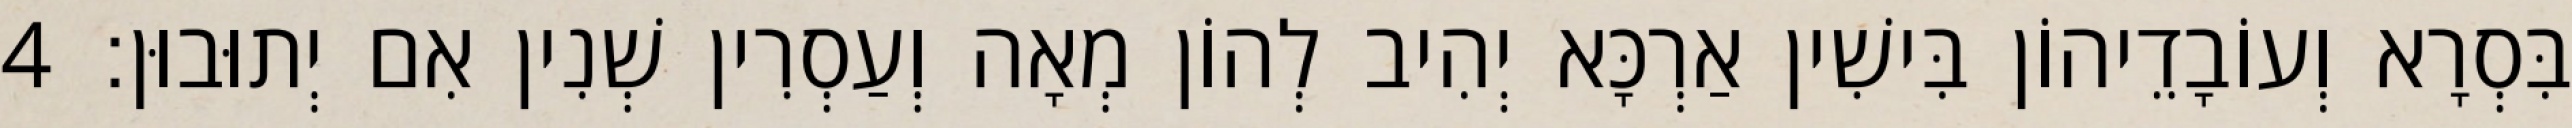
בִּסְרָא וְעוֹבָדֵיהוֹן בִּישִׁין אַרְכָּא יְהִיב לְהוֹן מְאָה וְעַסְרִין שְׁנִין אִם יְתוּבוּן׃ 4